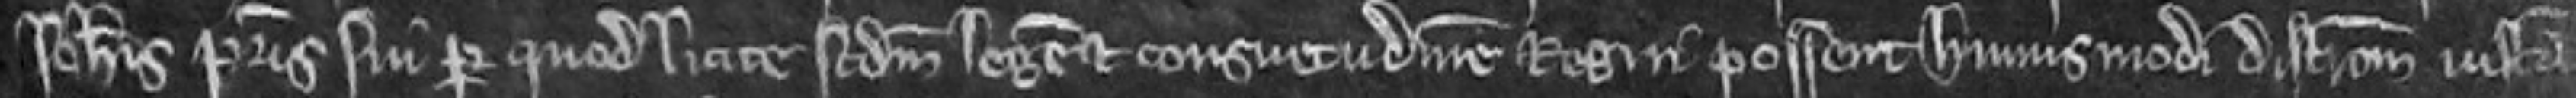
Johannis patris sui per quod licite secundum legem et consuetudinem regni possent huiusmodi districtionem justam